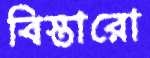
বিস্তারো